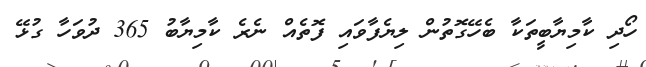
ހޯދި ކާމިޔާބީތަކާ ބެހޭގޮތުން ލިޔެފާވައި ފޮތެއް ނެރެ ކާމިޔާބު 365 ދުވަހާ ގުޅޭ